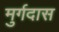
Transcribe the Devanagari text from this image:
मुर्गदास